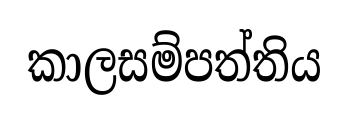
කාලසම්පත්තිය